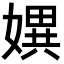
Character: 𡠲